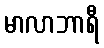
မာလာဘာရီ